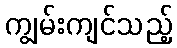
ကျွမ်းကျင်သည့်